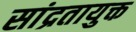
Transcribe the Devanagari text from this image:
सांद्रतायुक्त